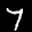
Label: 7